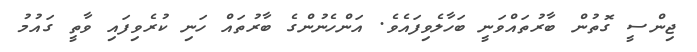
ޖިންސީ ގޮތުން ބާރުތައްވަނީ ބަހާލެވިފައެވެ. އަންހެނުންގެ ބާރުތައް ހަނި ކުރެވިފައި ވާތީ ގައުމު